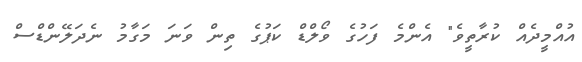
އުއްމީދެއް ކުރާތީވެ" އެންމެ ފަހުގެ ވޯލްޑް ކަޕުގެ ތިން ވަނަ މަގާމު ނެދަލޭންޑްސް